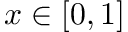
x \in [ 0 , 1 ]